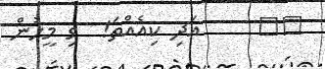
٢٢     އަދި ކިއެއްތަ!  ވި މީހުން